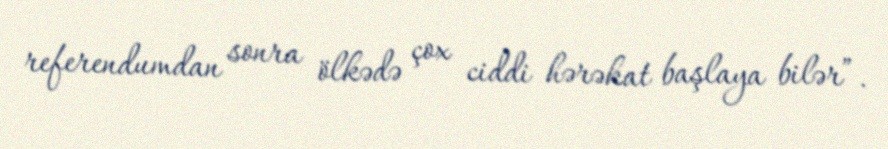
referendumdan sonra ölkədə çox ciddi hərəkat başlaya bilər”.